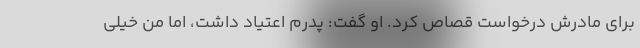
برای مادرش درخواست قصاص کرد. او گفت: پدرم اعتیاد داشت، اما من خیلی